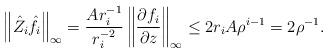
LaTeX: \begin{align*} \left\|\hat{Z}_i \hat{f}_i\right\|_{\infty} = \frac{A r_i^{-1}}{r_i^{-2}} \left\|\frac{\partial f_i}{\partial z}\right\|_\infty \le 2 r_i A \rho^{i-1} = 2\rho^{-1}. \end{align*}